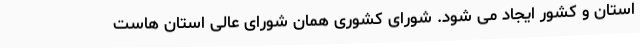
استان و کشور ایجاد می شود. شورای کشوری همان شورای عالی استان هاست